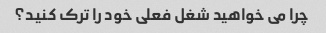
چرا می خواهید شغل فعلی خود را ترک کنید؟